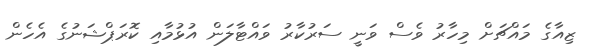
ޒިއާގެ މައްޗަށް މިހާރު ވެސް ވަނީ ސަރުކާރު ވައްޓާލަން އުޅުމާއި ކޮރަޕްޝަނުގެ އެހެން